Vaccination in Burma 1889-1999 - 1889-1999
Year: 1889
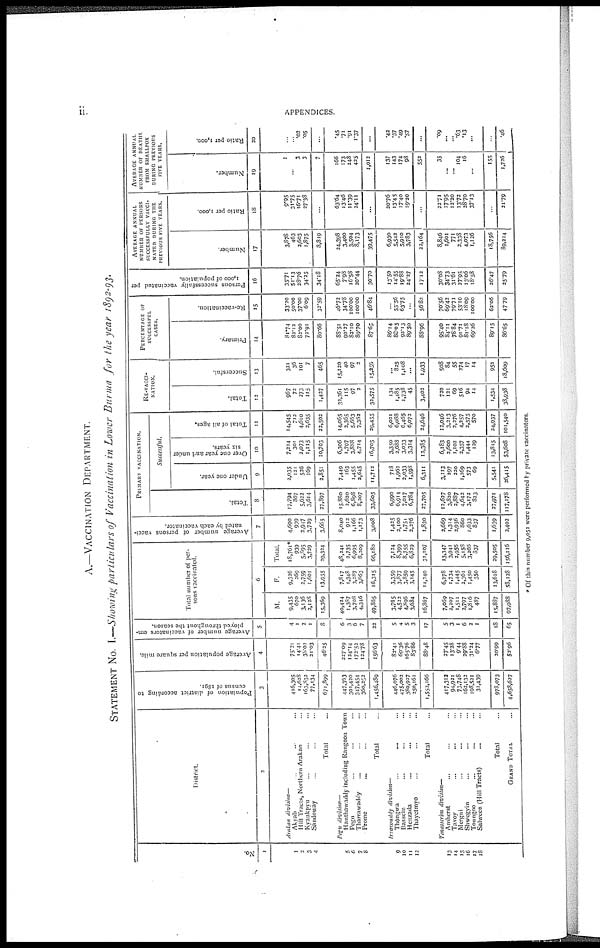
ii.
APPENDICES.
A.—VACCINATION DEPARTMENT.
STATEMENT No. I.—Showing particulars of Vaccination in Lower Burma for the year 1892-93.
No.
1
1
2
3
4
5
6
7
8
9
10
11
12
13
14
15
16
17
18
District.
2
Aratan
division—
Akyab ... ... ...
Hill Tracts, Northern Arakan ...
Kyankpyu ... ... ...
Sandoway ... ... ...
Total ...
Pegu division—
Hanthawaddy including Rangoon Town
Pegu ... ... ...
Tharrawaddy ... ... ...
Prome ... ... ...
Total ...
Irrawaddy division—
Thôngwa ... ... ...
Bassein ... ... ...
Henzada ... ... ...
Thayetmyo ... ... ...
Total ...
Tenasscrim division—
Amherst ... ... ...
Tavoy ... ... ...
Mergui ... ... ...
Shwegyin ... ... ...
Toungoo ... ... ...
Salween (Hill Tracts) ... ...
Total ...
GRAND TOTAL ...
Population of district according to
census of 1891.
3
416,305
14,628
163,832
77,134
671,899
447,363
301,420
347,454
360,252
1,456,489
446,076
475,002
380,927
250,161
1,553,166
417,312
94,921
73,748
162,132
198,521
31,439
978,073
4,658,627
Average population per square mile.
4
75.21
14.41
38.02
21.03
46.25
227.09
124.14
172.52
124.78
156.63
82.41
69.36
165.76
83.86
88.48
27.45
13.28
9.44
29.88
31.24
6.77
20.99
52.96
Average number of vaccinators em-
ployed throughout the season.
5
4
1
2
1
8
6
3
6
7
22
5
4
5
3
17
5
3
1
6
2
1
18
65
Total number of per-
sons vaccinated.
6
M.
9,435
670
3,136
2,128
15,369
40,424
1,387
3,708
4,346
49,865
3,765
4,522
4,896
3,684
16,867
7,069
2,207
1,511
2,797
1,816
487
15,887
97,988
F.
9,326
269
2,759
1,601
13,955
7,817
1,348
3,287
3,863
16,315
3,359
3,877
3,859
3,145
14,240
6,278
1,734
1,445
2,361
1,450
350
13,618
58,123
Total.
18,761*
939
5,895
3,729
29,324
48,241
2,735
6,995
8,209
66,180
7,124
8,399
8,755
6,829
31,107
13,347
3,941
2,956
5,158
3,266
837
29,505
156,116
Average number of persons vacci-
nated by each vaccinator.
7
4,690
939
2,947
3,729
3,665
8,040
912
1,166
1,173
3,008
1,425
2,100
1,751
2,276
1,830
2,669
1,314
2,956
860
1,633
837
1,639
2,402
PRIMARY VACCINATION.
Total.
8
17,794
867
5,622
3,614
27,897
15,880
2,620
6,898
8,207
33,605
6,990
6,914
7,017
6,784
27,705
12,627
3,820
2,887
4,642
3,172
823
27,971
117,178
Successful.
Under one year.
9
2,035
121
526
169
2,851
7,449
163
1,455
2,645
11,712
718
1,962
2,033
1,598
6,311
3,113
297
220
1,269
573
69
5,541
26,415
Over one year and under
six years.
10
7,214
301
2,073
1,115
10,703
6,306
1,797
3,888
4,714
16,705
3,350
2,688
3,033
3,314
12,385
6,183
2,600
1,102
2,357
1,444
129
13,815
53,608
Total of all ages.
11
14,545
712
4,610
2,635
22,502
14,065
2,365
5,663
7,362
39,455
6,021
6,088
6,465
6,072
24,646
12,046
3,213
2,276
4,257
2,575
570
24,937
101,540
RE-VACCI-
NATION.
Total.
12
967
72
273
115
1,427
32,361
115
97
2
32,575
134
1,485
1,738
45
3,402
720
121
69
516
94
14
1,534
38,938
Successful.
13
321
36
101
7
465
15,120
40
97
2
15,259
...
825
1,108
...
1,933
508
84
55
274
17
14
952
18,609
PERCENTAGE
of
SUCCESSFUL
CASES.
Primary.
14
81.74
82.12
82.00
72.91
80.66
88.51
90.27
82.10
89.70
87.65
86.14
88.05
92.13
89.50
88.96
95.40
84.11
78.84
91.71
81.18
69.26
89.15
86.65
Re-vaccination.
15
33.20
50.00
37.00
6.09
32.59
46.72
34.78
100.00
100.00
46.84
...
55.56
63.75
...
56.82
70.56
69.42
79.71
53.10
18.09
100.00
62.06
47.79
Persons successfully vaccinated per
1,000 of population.
16
35.71
51.13
28.76
34.25
34.18
65.24
7.98
16.58
20.44
30.70
13.50
14.55
19.88
24.27
17.12
30.08
34.73
31.61
27.95
13.06
18.58
26.47
25.79
AVERAGE ANNUAL
NUMBER OF PERSONS
SUCCESSFULLY VACCI-
NATED DURING THE
PREVIOUS FIVE YEARS.
Number.
17
3,878
463
2,603
1,875
8,819
24,398
3,400
3,504
8,173
39,475
6,930
5,542
5,910
3,783
22,164
8,846
1,601
771
2,338
4,073
1,126
18,756
89,214
Ratio per 1,000.
18
9.95
31.75
16.71
27.38
...
63.64
13.46
11.39
24.11
...
20.76
13.45
17.40
19.20
...
22.71
17.95
12.20
13.72
28.70
37.13
...
21.79
AVERAGE ANNUAL
NUMBER OF DEATHS
FROM SMALLPOX
DURING PREVIOUS
FIVE YEARS.
Number.
19
1
...
3
3
7
166
173
248
425
1,012
137
143
174
98
552
35
...
...
104
16
...
155
1,726
Ratio per 1,000.
20
...
...
.02
.05
...
.45
.71
.91
1.37
...
.42
.37
.49
.57
...
.09
...
...
.63
.13
...
...
.46
* Of this number 9,052 were performed by private vaccinators.